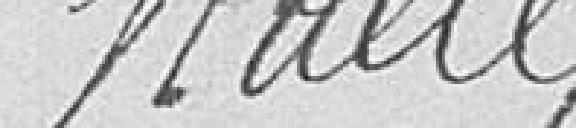
Mailly